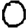
Digit: 0